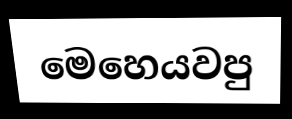
මෙහෙයවපු